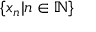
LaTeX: \{ x _ { n } | n \in \mathbb { N } \}